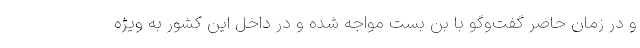
و در زمان حاضر گفت‌وگو با بن بست مواجه شده و در داخل این کشور به ویژه